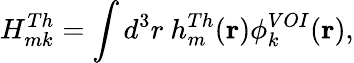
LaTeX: H_{mk}^{Th}=\int d^{3}r~h_{m}^{Th}(\mathbf{r})\phi_{k}^{VOI}(\mathbf{r}),